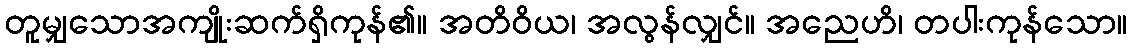
တူမျှသောအကျိုးဆက်ရှိကုန်၏။ အတိဝိယ၊ အလွန်လျှင်။ အညေဟိ၊ တပါးကုန်သော။